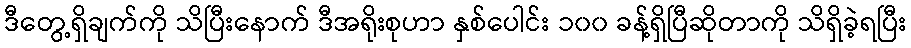
ဒီတွေ့ရှိချက်ကို သိပြီးနောက် ဒီအရိုးစုဟာ နှစ်ပေါင်း ၁၀၀ ခန့်ရှိပြီဆိုတာကို သိရှိခဲ့ရပြီး